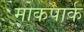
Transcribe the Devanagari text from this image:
मोकपार्क